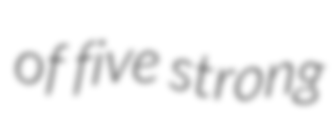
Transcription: of five strong